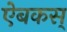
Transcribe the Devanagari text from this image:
ऐबकस्